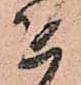
を